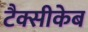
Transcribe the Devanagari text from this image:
टैक्सीकेब